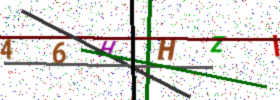
Text: 46HHZI